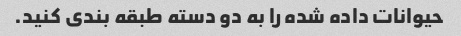
حیوانات داده شده را به دو دسته طبقه بندی کنید.